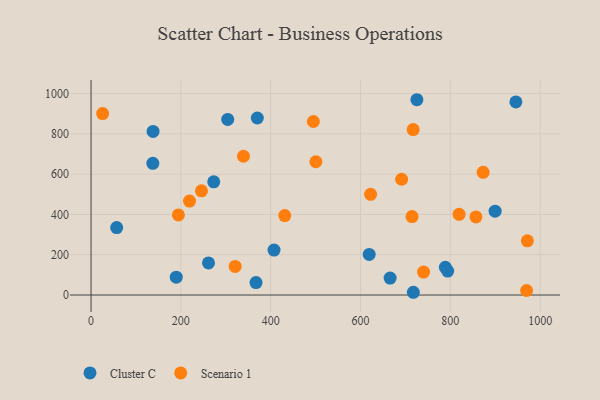
{"axis": {"x": "Speed", "y": "Profit"}, "legend": ["Cluster C", "Scenario 1"], "data": [{"x": "138.1", "y": 811.7, "type": "Cluster C"}, {"x": "899.7", "y": 416.1, "type": "Cluster C"}, {"x": "304.3", "y": 871.1, "type": "Cluster C"}, {"x": "367.3", "y": 61.6, "type": "Cluster C"}, {"x": "717.6", "y": 13.6, "type": "Cluster C"}, {"x": "665.9", "y": 83.9, "type": "Cluster C"}, {"x": "57.1", "y": 334.9, "type": "Cluster C"}, {"x": "788.9", "y": 137.4, "type": "Cluster C"}, {"x": "725.5", "y": 969.1, "type": "Cluster C"}, {"x": "945.9", "y": 958.3, "type": "Cluster C"}, {"x": "619.3", "y": 201.5, "type": "Cluster C"}, {"x": "137.6", "y": 653.3, "type": "Cluster C"}, {"x": "370.2", "y": 878.5, "type": "Cluster C"}, {"x": "189.7", "y": 88.6, "type": "Cluster C"}, {"x": "794.1", "y": 118.8, "type": "Cluster C"}, {"x": "273.2", "y": 561.8, "type": "Cluster C"}, {"x": "261.5", "y": 159.0, "type": "Cluster C"}, {"x": "407.4", "y": 222.8, "type": "Cluster C"}, {"x": "245.9", "y": 517.1, "type": "Scenario 1"}, {"x": "740.4", "y": 114.0, "type": "Scenario 1"}, {"x": "714.7", "y": 389.2, "type": "Scenario 1"}, {"x": "969.8", "y": 22.4, "type": "Scenario 1"}, {"x": "873.0", "y": 608.6, "type": "Scenario 1"}, {"x": "219.2", "y": 466.1, "type": "Scenario 1"}, {"x": "339.4", "y": 688.7, "type": "Scenario 1"}, {"x": "622.4", "y": 499.8, "type": "Scenario 1"}, {"x": "717.2", "y": 821.1, "type": "Scenario 1"}, {"x": "691.5", "y": 574.5, "type": "Scenario 1"}, {"x": "320.9", "y": 141.8, "type": "Scenario 1"}, {"x": "971.5", "y": 269.1, "type": "Scenario 1"}, {"x": "431.3", "y": 394.2, "type": "Scenario 1"}, {"x": "495.0", "y": 861.0, "type": "Scenario 1"}, {"x": "25.8", "y": 900.5, "type": "Scenario 1"}, {"x": "500.6", "y": 661.4, "type": "Scenario 1"}, {"x": "819.5", "y": 400.2, "type": "Scenario 1"}, {"x": "857.0", "y": 387.7, "type": "Scenario 1"}, {"x": "194.5", "y": 397.2, "type": "Scenario 1"}]}